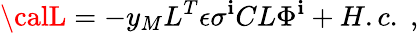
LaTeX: {\calL}=-y_{M}L^{T}\epsilon\sigma^{\mathbf{i}}CL\Phi^{\mathbf{i}}+H.c.\; ,